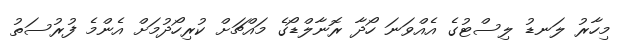
މިހާރު ލަނޑު ލިސްޓުގެ އެއްވަނަ ހޯދާ ރޮނާލްޑޯގެ މައްޗަށް ކުރިހޯދުމަށް އެންމެ ފުރުސަތު